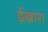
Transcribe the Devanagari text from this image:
ईखारा